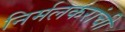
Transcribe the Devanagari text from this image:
निर्मलकरांची